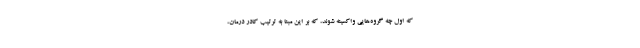
که اول چه گروه‌هایی واکسینه شوند، که بر این مبنا به ترتیب کادر درمان،